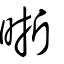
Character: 晣